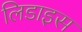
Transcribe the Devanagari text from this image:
लिडाइस